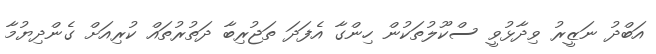
އަބްދު ނަޒީރު ވިދާޅުވީ ސްކޫލުތަކުން ހިންގާ އެފަދަ ތަޖުރިބާ ދަތުރުތައް ކުރިއަށް ގެންދިޔުމާ